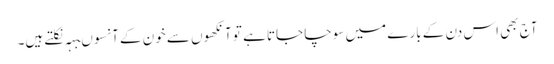
آج بھی اس دن کے بارے میں سوچا جاتا ہے تو آنکھوں سے خون کے آنسوںبہہ نکلتے ہیں۔